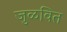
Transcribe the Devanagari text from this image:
जुळवित